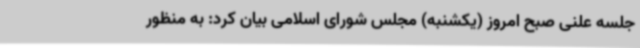
جلسه علنی صبح امروز (یکشنبه) مجلس شورای اسلامی بیان کرد: به منظور